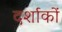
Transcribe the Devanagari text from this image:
दर्शाकों